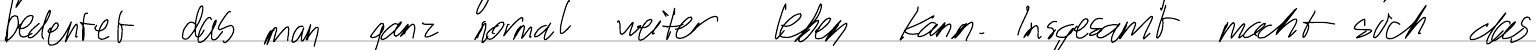
bedeutet das man ganz normal weiter leben kann. Insgesamt macht sich das